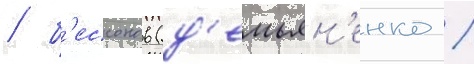
/ б'ессонов (д'емьян'енко /